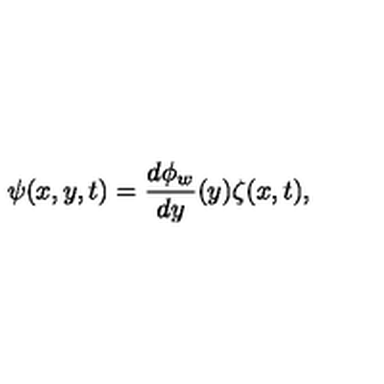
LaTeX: \psi ( x , y , t ) = \frac { d \phi _ { w } } { d y } ( y ) \zeta ( x , t ) ,